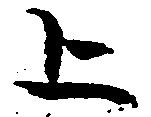
上